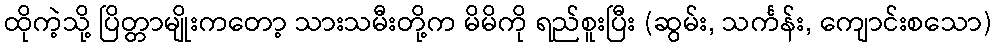
ထိုကဲ့သို့ ပြိတ္တာမျိုးကတော့ သားသမီးတို့က မိမိကို ရည်စူးပြီး (ဆွမ်း, သင်္ကန်း, ကျောင်းစသော)